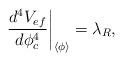
LaTeX: \begin{align*}\left. \frac{d^{4}V_{ef}}{d\phi _{c}^{4}}\right| _{\left\langle\phi \right\rangle }=\lambda _{R},\end{align*}